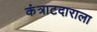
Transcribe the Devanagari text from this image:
कंत्राटदाराला